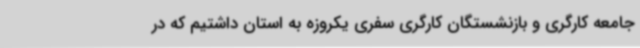
جامعه کارگری و بازنشستگان کارگری سفری یکروزه به استان داشتیم که در